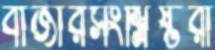
বাজারসংশ্লিষ্টরা